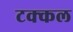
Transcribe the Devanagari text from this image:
टक्कल